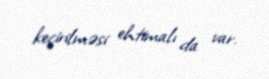
keçirilməsi ehtimalı da var.